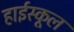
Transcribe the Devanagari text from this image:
हार्इस्कूल